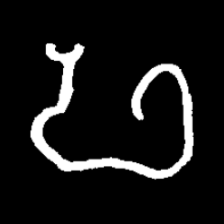
Pyu character \u2014 Myanmar letter: ဖ (romanized: pha)